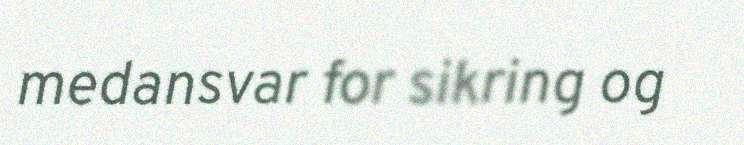
medansvar for sikring og